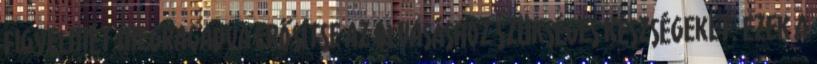
figyelmét megragadva erősítse az olvasáshoz szükséges készségeket. Ezek a